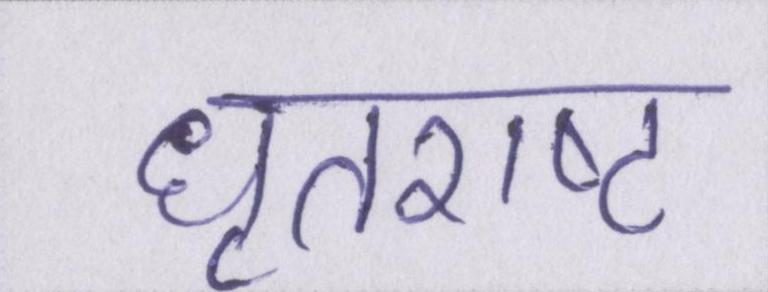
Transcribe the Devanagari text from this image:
धृतराष्ट